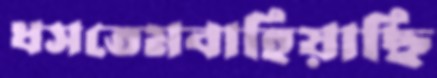
ধসতেমবাহিয়াছি